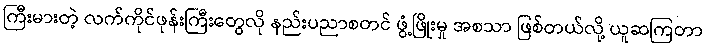
ကြီးမားတဲ့ လက်ကိုင်ဖုန်းကြီးတွေလို နည်းပညာစတင် ဖွံ့ဖြိုးမှု အစသာ ဖြစ်တယ်လို့ ယူဆကြတာ